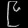
Digit: ၉